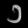
Digit: ၁